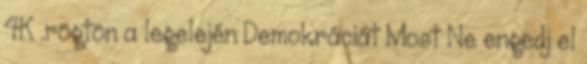
4K .rögtön a legelején Demokráciát Most Ne engedj el